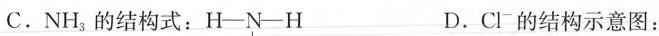
C.NH_{3}的结构式：H—N—H D.Cl^{-}的结构示意图：+17 2 8 7